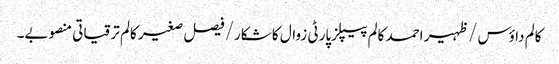
کالم	داؤس /ظہیر احمد	کالم	پیپلزپارٹی زوال کا شکار/فیصل صغیر کالم	ترقیاتی منصوبے۔